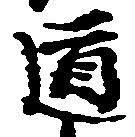
道